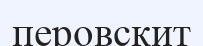
перовскит